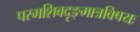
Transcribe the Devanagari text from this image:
परमशिवदृङ्मात्रविषयः